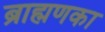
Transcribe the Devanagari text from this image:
ब्राह्मणका